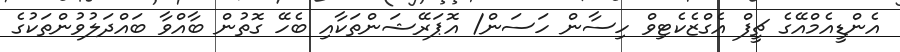
އެންޑީއެމްއޭގެ ޗީފް އެގްޒެކެޓިވް ހިސާން ހަސަން/ އޮޮޮޕަރޭޝަންތަކާއި ބެހޭ ގޮތުން ބާއްވާ ބައްދަލުވުންތަކުގެ